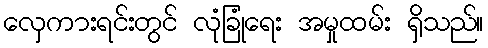
လှေကားရင်းတွင် လုံခြုံရေး အမှုထမ်း ရှိသည်။